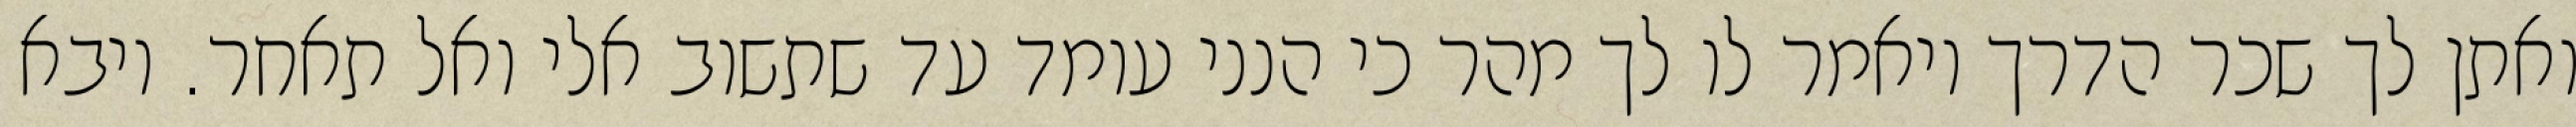
ואתן לך שכר הדרך ויאמר לו לך מהר כי הנני עומד עד שתשוב אלי ואל תאחר. ויבא